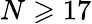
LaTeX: N\geqslant 17